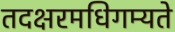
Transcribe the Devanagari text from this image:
तदक्षरमधिगम्यते